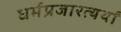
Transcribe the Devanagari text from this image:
धर्मप्रजारत्यर्थां